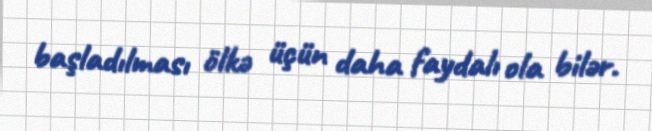
başladılması ölkə üçün daha faydalı ola bilər.